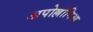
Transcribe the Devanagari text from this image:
अपोल्लोनिआ